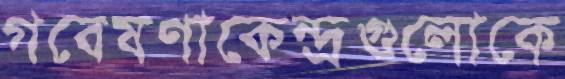
গবেষণাকেন্দ্রগুলোকে